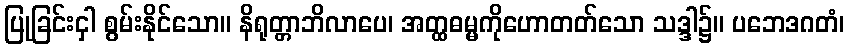
ပြုခြင်းငှါ စွမ်းနိုင်သော။ နိရုတ္တာဘိလာပေ၊ အတ္ထဓမ္မကိုဟောတတ်သော သဒ္ဒါ၌။ ပဘေဒဂတံ၊